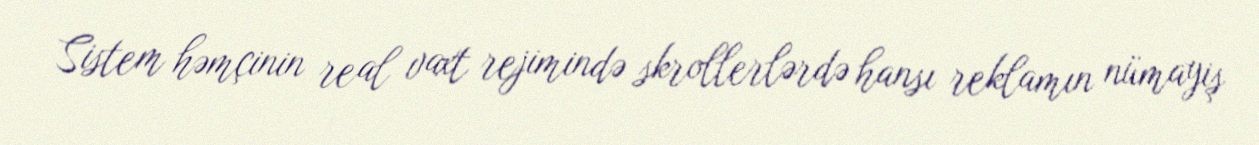
Sistem həmçinin real vaxt rejimində skrollerlərdə hansı reklamın nümayiş